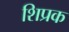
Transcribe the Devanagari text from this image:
शिप्रक